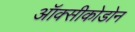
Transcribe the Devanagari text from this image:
ऑक्सीकोडोन